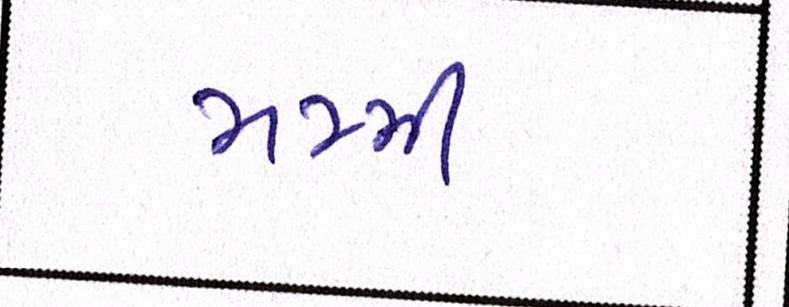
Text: મમ્મી